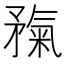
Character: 𥎃